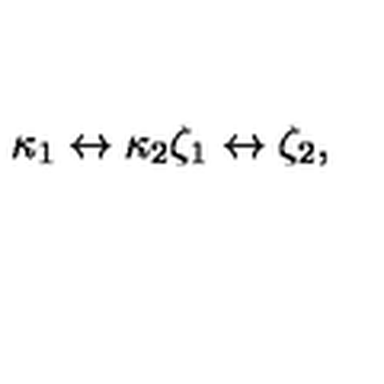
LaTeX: \kappa _ { 1 } \leftrightarrow \kappa _ { 2 } \zeta _ { 1 } \leftrightarrow \zeta _ { 2 } ,